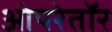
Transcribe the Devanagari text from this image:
ओपरेतॉर